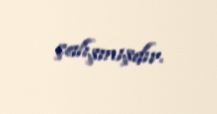
çalışmışdır.